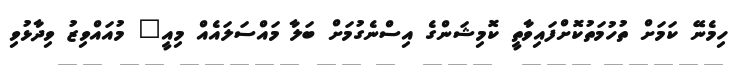
ހިމެނޭ ކަމަށް ތުހުމަތުކޮށްފައިވާތީ ކޮމިޝަންގެ އިސްނެގުމަށް ބަލާ މައްސަލައެއް މިއީ" މުއައްވިޒު ވިދާޅުވި